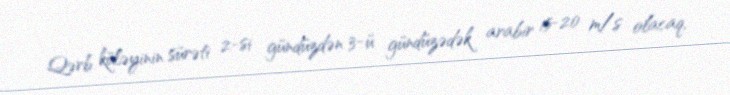
Qərb küləyinin sürəti 2-si gündüzdən 3-ü gündüzədək arabir 15-20 m/s olacaq,